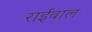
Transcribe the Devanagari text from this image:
राईवाल